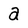
Character: a